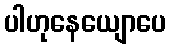
ပါဟုနေယျောပေ